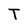
Character: T